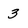
Character: 3